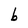
Character: b